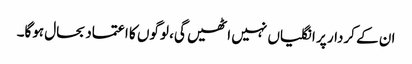
ان کے کردار پر انگلیاں نہیں اٹھیں گی، لوگوں کا اعتماد بحال ہوگا۔